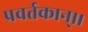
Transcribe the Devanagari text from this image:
प्रवर्तकान्।।